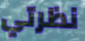
نظرتي